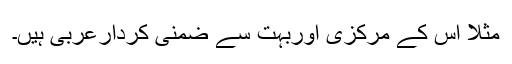
مثلاً اس کے مرکزی اوربہت سے ضمنی کردارعربی ہیں۔